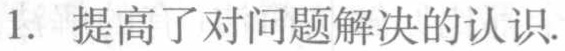
1. 提高了对问题解决的认识.